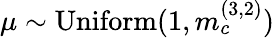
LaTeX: \mu\sim\mathrm{Uniform}(1,m_{c}^{(3,2)})